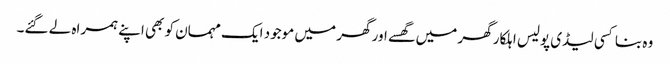
وہ بنا کسی لیڈی پولیس اہلکار گھر میں گھسے اور گھر میں موجود ایک مہمان کو بھی اپنے ہمراہ لے گئے۔